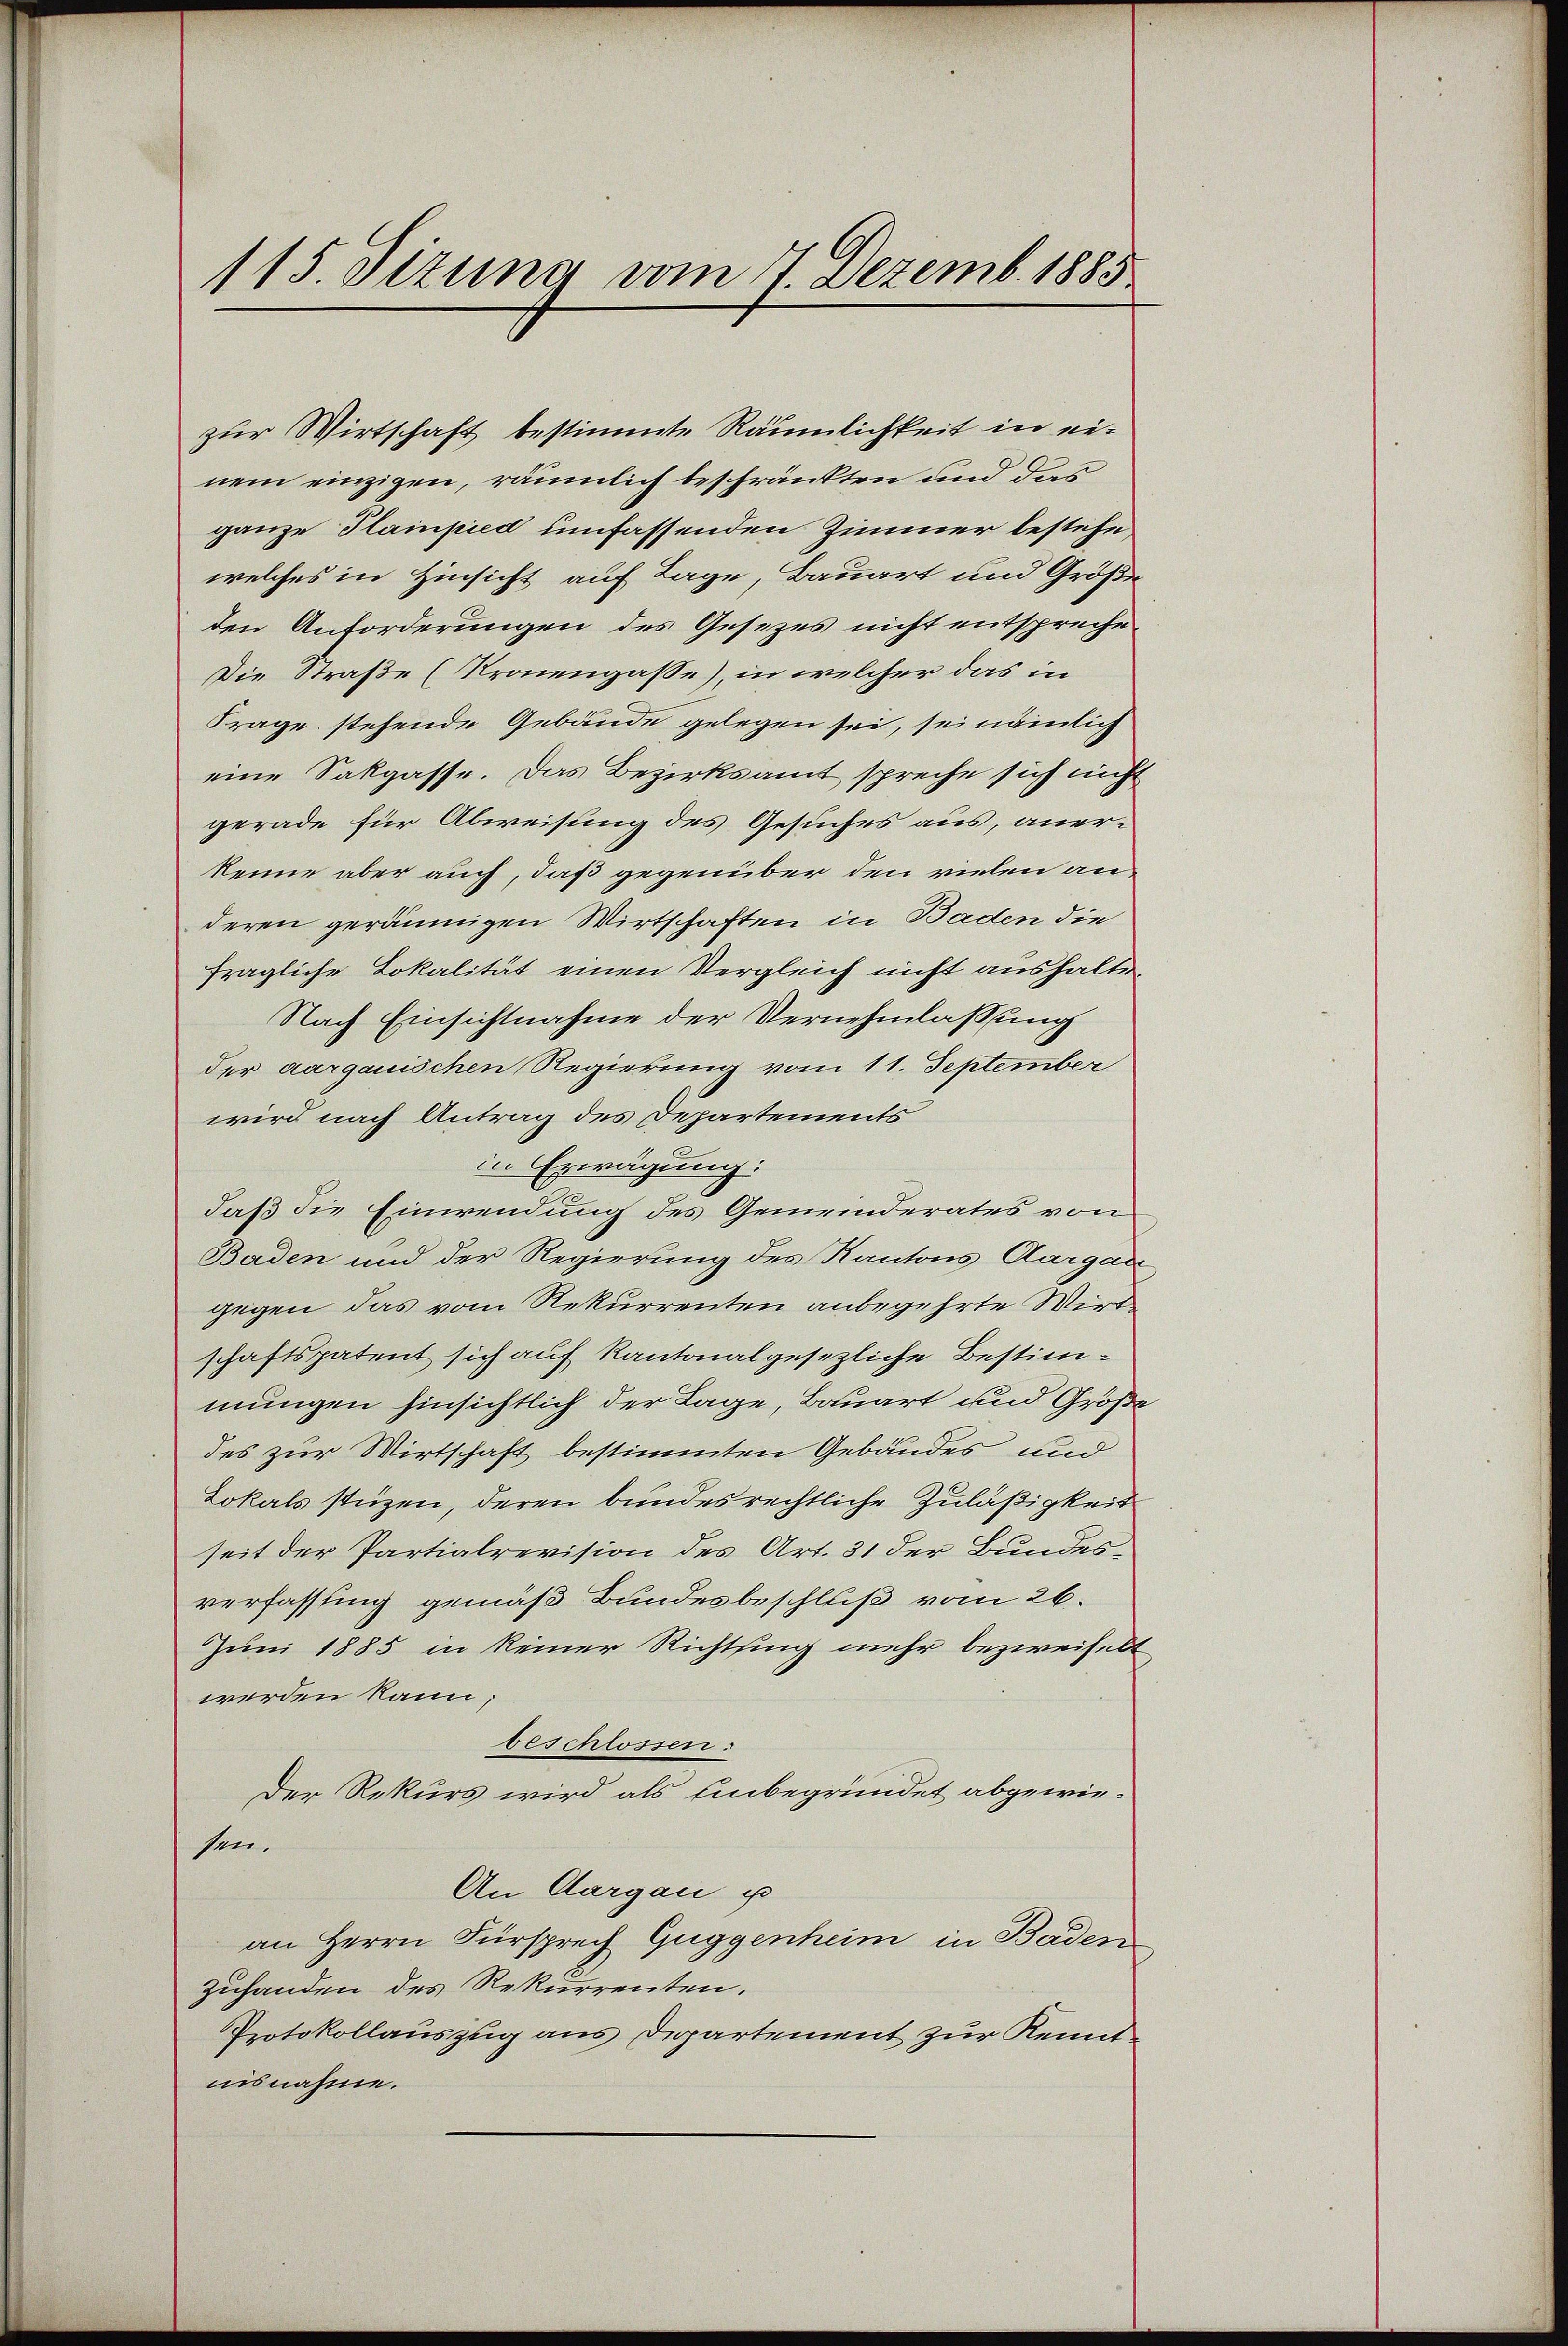
115. Sizung vom 17. Dezemb. 1885

zur Wirtschaft bestimmte Räumlichkeit in einem einzigen, räumlich beschränkten und das
ganze Plainpied umfassenden Zimmer bestehe
welches in Hinsicht auf Lage, Bauart und Große
den Anforderungen des Gesetzes nicht entspreche¬
Die Straße (Kronengasse) in welcher das in
Frage stehende Gebäude gelegen sei, sei nämlich
eine Sakgasse. Das Bezirksamt spreche sich nicht
gerade für Abweisung des Gesuches aus, anerkenne aber auch, daß gegenüber den vielen anderen geräumigen Wirtschaften in Baden die
fragliche Lokalität einen Vergleich nicht aushalte¬
Nach Einsichtnahme der Vernehmlassung
der aargauischen Regierung vom 11. September
wird nach Antrag des Departements
in Erwägung:
daß die Einwendung des Gemeinderates von
Baden und der Regierung des Kantons Aargau
gegen das vom Rekurrenten anbegehrte Wirt-
schaftspatent sich auf Kantonalgesetzliche Bestimmungen hinsichtlich der Lage, Bauart und Größe
des zur Wirtschaft bestimmten Gebäudes und
Lokals stüzen, deren bundesrechtliche Zuläßigkeit
seit der Partialrevision des Art. 31 der Bundesverfassung gemäß Bundesbeschluß vom 26.
Juni 1885 in keiner Richtung mehr bezweifelt
werden kann;
beschlossen:
Der Rekurs wird als Unbegründet abgewiesen.
An Aargau u
an Herrn Fürsprech Guggenheim in Baden
zuhanden des Rekurrenten.
Protokollauszug aus Departement zur Kennt
nisnahme.